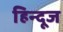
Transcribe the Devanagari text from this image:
हिन्दूज